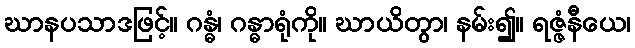
ဃာနပသာဒဖြင့်။ ဂန္ဓံ၊ ဂန္ဓာရုံကို။ ဃာယိတွာ၊ နမ်း၍။ ရဇ္ဇံနီယေ၊